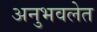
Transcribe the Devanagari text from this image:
अनुभवलेत